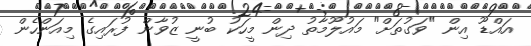
އައްޑޫ އިން "ވަގުތަށް" މައުލޫމާތު ދިން މީހަކު ބުނީ ޒުވާން ފުރައިގެ މިއަންހެން